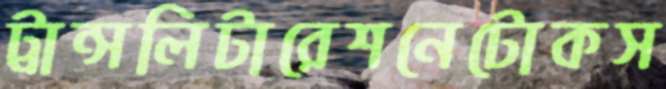
ট্রান্সলিটারেশনেটোকস